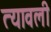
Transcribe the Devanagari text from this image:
त्यावली